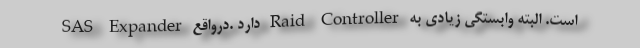
است. البته وابستگی زیادی به Raid Controller دارد .درواقع SAS Expander